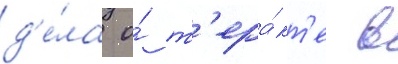
д'е́ла о́ т'ера́кт'е в